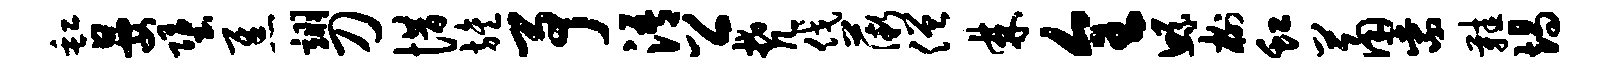
缸晏堕焦翊刀惜旌予浯公梵伐薇僧棘全鲧榭虹萧紫鞋竭